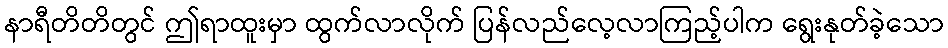
နာရီတိတိတွင် ဤရာထူးမှာ ထွက်လာလိုက် ပြန်လည်လေ့လာကြည့်ပါက ရွေးနုတ်ခဲ့သော